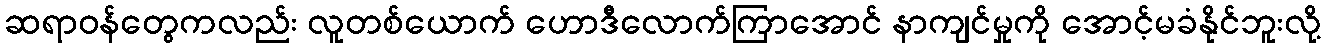
ဆရာဝန်တွေကလည်း လူတစ်ယောက် ဟောဒီလောက်ကြာအောင် နာကျင်မှုကို အောင့်မခံနိုင်ဘူးလို့